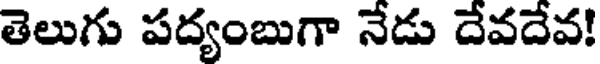
తెలుగు పద్యంబుగా నేడు దేవదేవ!